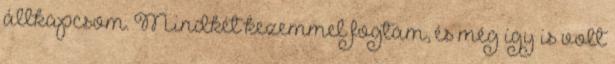
állkapcsom. Mindkét kezemmel fogtam, és még így is volt